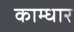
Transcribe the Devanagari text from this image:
काम्धार